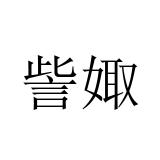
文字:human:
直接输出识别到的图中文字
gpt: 訾娵